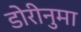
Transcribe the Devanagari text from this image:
डोरीनुमा